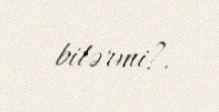
bilərmi?.